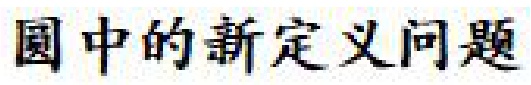
圆中的新定义问题